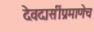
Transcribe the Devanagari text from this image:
देवदासींप्रमाणेच